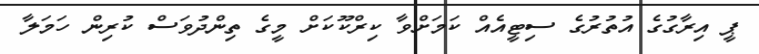
ޕީ އިރާގުގެ އުތުރުގެ ސިޓީއެއް ކަމަށްވާ ކިރްކޫކަށް މީގެ ތިންދުވަސް ކުރިން ހަމަލާ